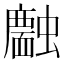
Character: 𧓣